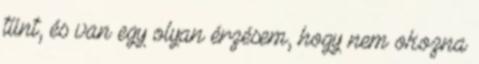
tűnt, és van egy olyan érzésem, hogy nem okozna